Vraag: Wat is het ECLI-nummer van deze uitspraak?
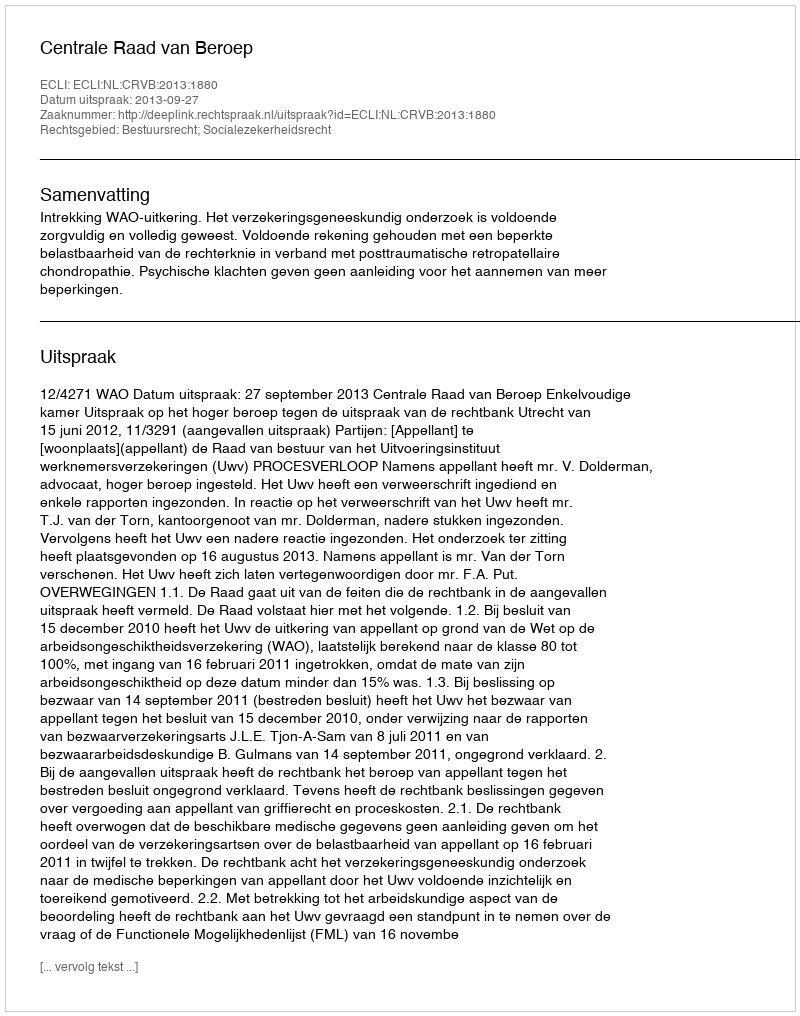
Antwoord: ECLI:NL:CRVB:2013:1880